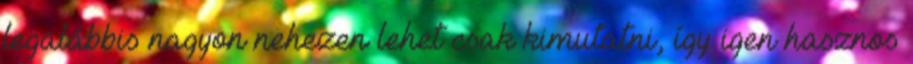
legalábbis nagyon nehezen lehet csak kimutatni, így igen hasznos